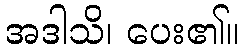
အဒါသိ၊ ပေး၏။